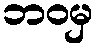
ဘဝမှ